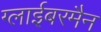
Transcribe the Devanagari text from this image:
ग्लाईबरमैन